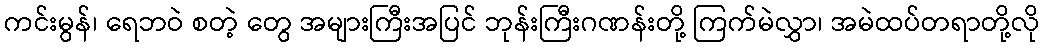
ကင်းမွန်၊ ရေဘဝဲ စတဲ့ တွေ အများကြီးအပြင် ဘုန်းကြီးဂဏန်းတို့ ကြက်မဲလွှာ၊ အမဲထပ်တရာတို့လို